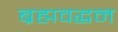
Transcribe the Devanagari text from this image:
ब्रह्मवद्धन